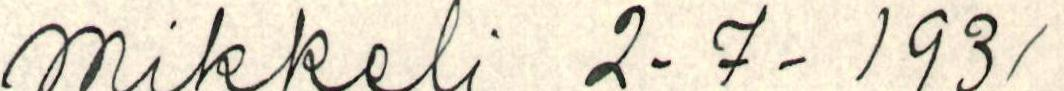
mikkeli 2-7- 1931